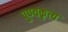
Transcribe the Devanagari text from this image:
पुण्यकृत्य